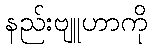
နည်းဗျူဟာကို